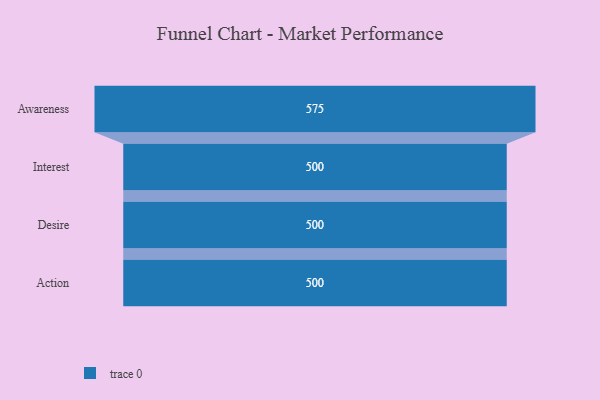
{"axis": {"x": "Stage", "y": "Value"}, "legend": [""], "data": [{"x": "Awareness", "y": 575.0, "type": ""}, {"x": "Interest", "y": 500, "type": ""}, {"x": "Desire", "y": 500, "type": ""}, {"x": "Action", "y": 500, "type": ""}]}